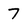
Character: 7